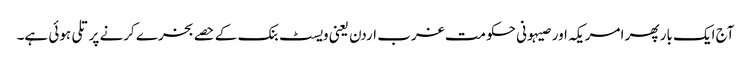
آج ایک بار پھر امریکہ اور صیہونی حکومت غرب اردن یعنی ویسٹ بنک کے حصے بخرے کرنے پر تلی ہوئی ہے۔